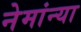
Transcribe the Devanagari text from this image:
नेमांन्या